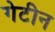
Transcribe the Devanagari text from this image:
गेटीन